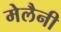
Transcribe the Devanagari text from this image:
मेलैनी